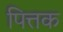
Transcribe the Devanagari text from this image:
पित्तक